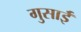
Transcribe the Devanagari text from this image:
गुसाईँ